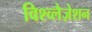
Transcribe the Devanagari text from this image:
विश्व्लैज़ेशन